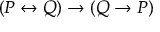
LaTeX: ( P \leftrightarrow Q ) \to ( Q \to P )